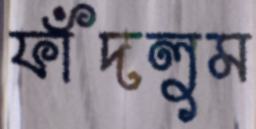
ফাঁদলুম